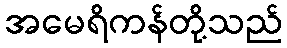
အမေရိကန်တို့သည်